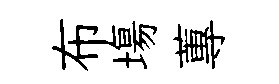
布塲蓴